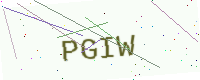
Text: PGIW